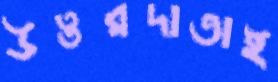
উত্তরদাতাই